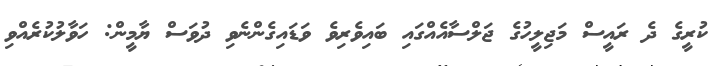
ކުރީގެ ދެ ރައީސް މަޖިލީހުގެ ޖަލްސާއެއްގައި ބައިވެރިވެ ވަޑައިގެންނެވި ދުވަސް ޔާމީން: ހަވާލުކުރެއްވި